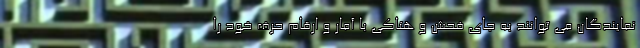
نمایندگان می توانند به جای فحش و هتاکی با آمار و ارقام حرف خود را